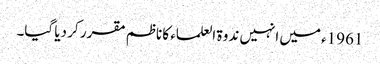
1961ء میں انہیں ندوۃ العلماء کا ناظم مقرر کر دیا گیا۔